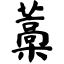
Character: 藁